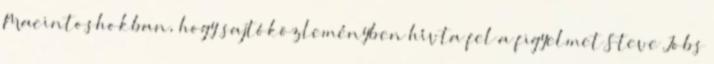
Macintoshokban, hogy sajtóközleményben hívta fel a figyelmet Steve Jobs